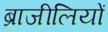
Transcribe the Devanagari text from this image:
ब्राजीलियों